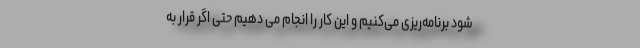
شود برنامه‌ریزی می‌کنیم و این کار را انجام می دهیم حتی اگر قرار به